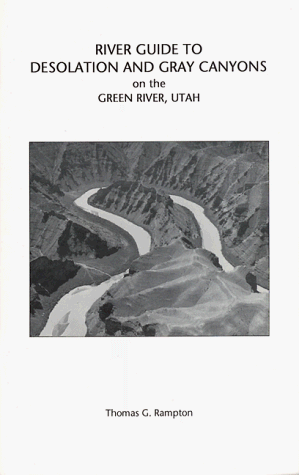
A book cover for River Guide to Desolation and Gray Canyons on the Green River, Utah: A Mile-By-Mile Guide to the Green River Between the Towns of Ouray and Green River, Utah, and Geology of the Area; Thomas G. Rampton; Sports & Outdoors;